Leaving Certificate Examination, 1916
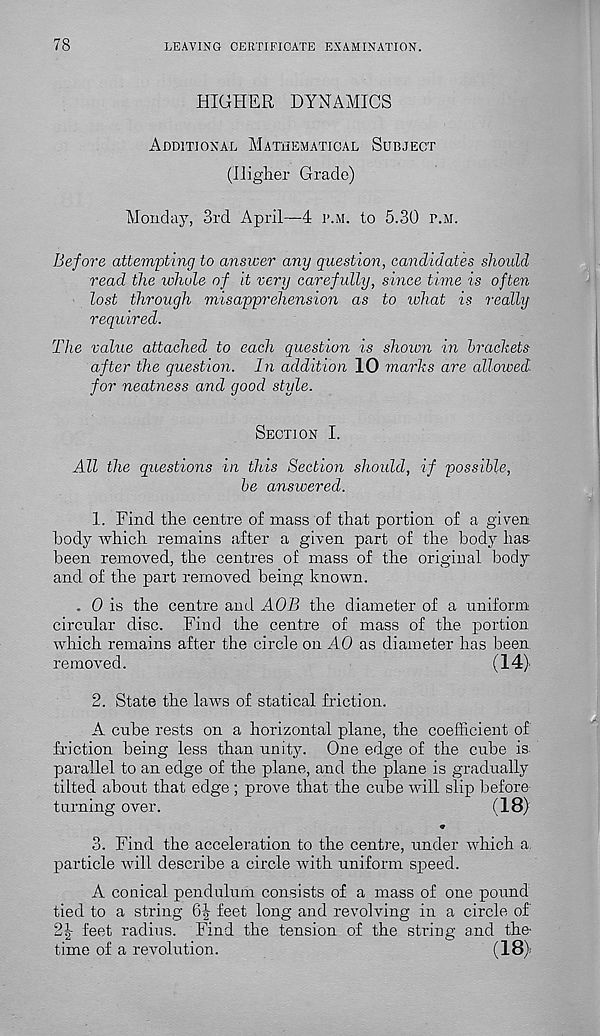
78
LEAVING CERTIFICATE EXAMINATION.
HIGHER DYNAMICS
Additional Mathematical Subject
(Higher Grade)
Monday, 3rd April—4 i\m. to 5.30 r.M.
Before attempting to answer any question, candidates should
read the whole of it very carefully, since time is often
lost through misapprehension as to what is really
required.
The value attached to each question is shown in brackets
after the question. In addition 10 marks are allowed-
for neatness and good style.
Section I.
All the questions in this Section should, if possible,
be answered.
1. Find the centre of mass of that portion of a given
body which remains after a given part of the body has-
been removed, the centres of mass of the original body
and of the part removed being known.
. 0 is the centre and AOB the diameter of a uniform
circular disc. Find the centre of mass of the portion
which remains after the circle on AO as diameter has been
removed.
(14)
2. State the laws of statical friction.
A cube rests on a horizontal plane, the coefficient of
friction being less than unity. One edge of the cube is-
parallel to an edge of the plane, and the plane is gradually
tilted about that edge ; prove that the cube will slip before
turning over.
( 18)
3. Find the acceleration to the centre, under which a
particle will describe a circle with uniform speed.
A conical pendulum consists of a mass of one pound
tied to a string 6J feet long and revolving in a circle of
feet radius. Find the tension of the string and the-
time of a revolution.
(18)